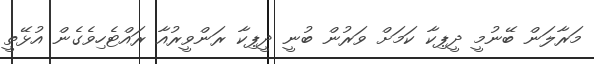
މަރާލަން ބޭނުމީ ދީޕިކާ ކަމަށް ވަރުން ބުނީ ދީޕިކާ ރަންވީރުއާ ރައްޓެހިވެގެން އުޅޭތީ